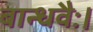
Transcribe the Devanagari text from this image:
बान्धवैः।